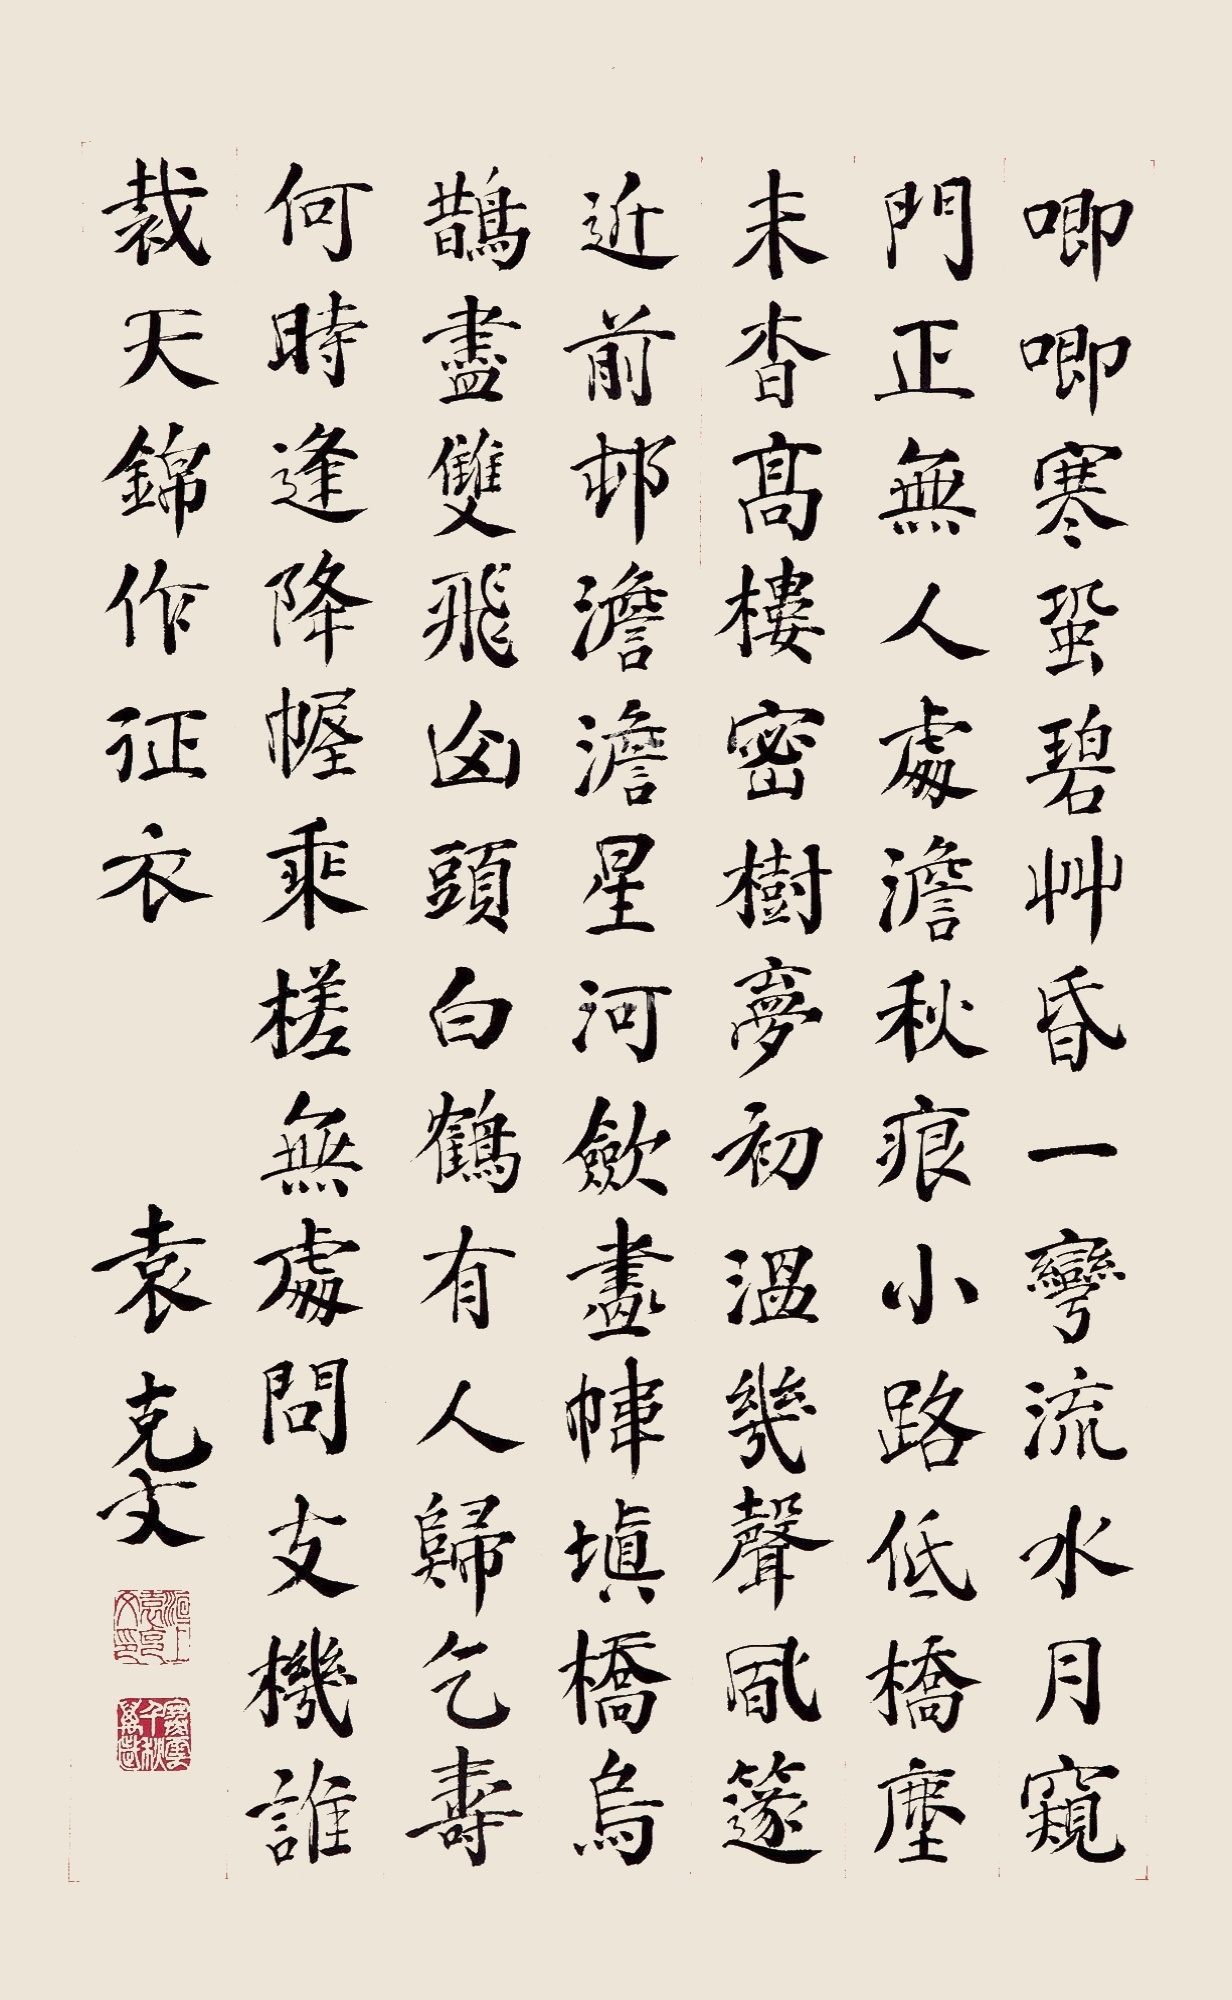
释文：唧唧寒蛩碧草昏，一弯流水月窥门，正无人处澹秋痕。小路桥尘未杳，高楼密树梦初温，几声风篴近前邨。澹澹星河敛画帏，填桥乌鹊尽双飞，山头白鹤有人归。乞寿何时逢降幄，乘槎无处问支机，谁裁天锦作征衣？袁克文。